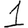
Digit: 1